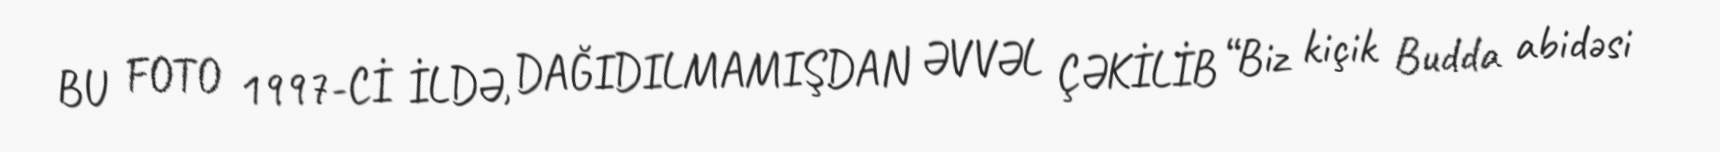
BU FOTO 1997-Cİ İLDƏ, DAĞIDILMAMIŞDAN ƏVVƏL ÇƏKİLİB “Biz kiçik Budda abidəsi